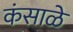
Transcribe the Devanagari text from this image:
कंसाळे